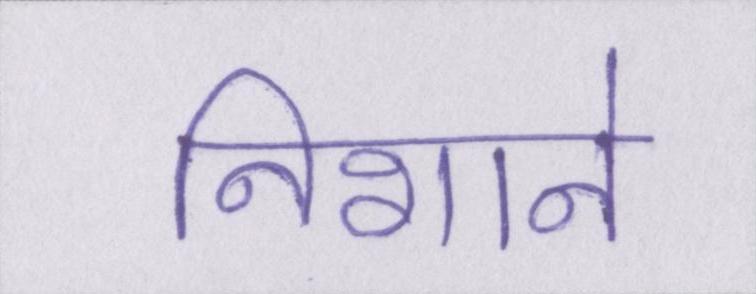
निशाने